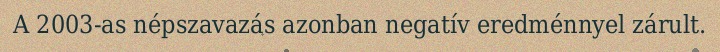
A 2003-as népszavazás azonban negatív eredménnyel zárult.